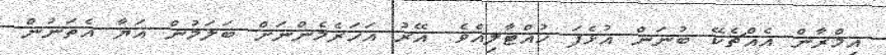
އިމްރާން އެއްޗެކޭ ބުނަން އުޅެފަ ހުއްޓާލިއެވެ. އޭރު އަހަރެމެންނަށް ބަލަމުން އަޔާ އެތަނުން